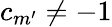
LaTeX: c_{m^{\prime}}\neq-1